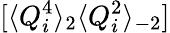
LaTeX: [\langle Q_{i}^{4}\rangle_{2}\langle Q_{i}^{2}\rangle_{-2}]